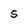
Character: S